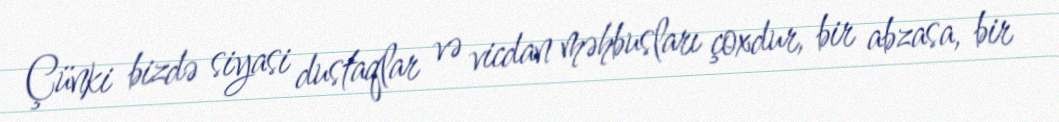
Çünki bizdə siyasi dustaqlar və vicdan məhbusları çoxdur, bir abzasa, bir